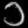
Digit: ၁